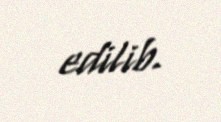
edilib.